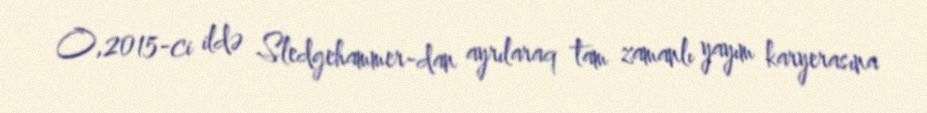
O,2015-ci ildə Sledgehammer-dan ayrılaraq tam zamanlı yayım karyerasına